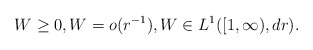
\begin{align*}W \geq 0, W = o(r^{-1}), W \in L^1([1,\infty),dr).\end{align*}